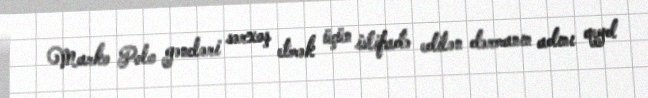
Marko Polo gəncləri sərxoş etmək üçün istifadə edilən dərmanın adını qeyd